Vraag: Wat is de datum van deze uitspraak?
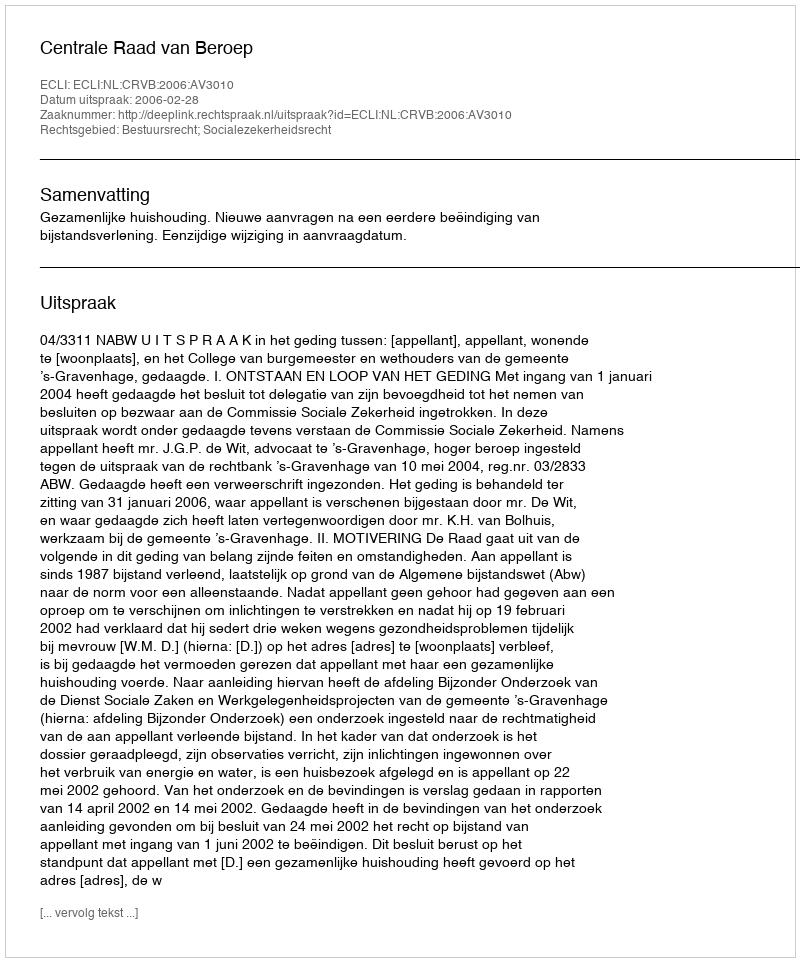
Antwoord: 2006-02-28